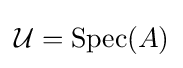
{\mathcal {U}}={\text{Spec}}(A)